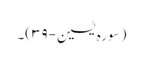
(سورہ یٰسین-۳۹)۔